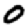
Digit: 0